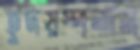
হূদয়স্পন্দন